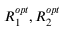
R _ { 1 } ^ { o p t } , R _ { 2 } ^ { o p t }